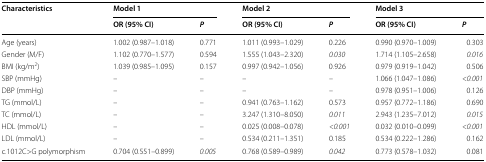
<table><thead><tr><td rowspan="2"><b>Characteristics</b></td><td colspan="2"><b>Model 1</b></td><td colspan="2"><b>Model 2</b></td><td colspan="2"><b>Model 3</b></td></tr><tr><td><b>OR (95% CI)</b></td><td><b><i>P</i></b></td><td><b>OR (95% CI)</b></td><td><b><i>P</i></b></td><td><b>OR (95% CI)</b></td><td><b><i>P</i></b></td></tr></thead><tbody><tr><td>Age (years)</td><td>1.002 (0.987–1.018)</td><td>0.771</td><td>1.011 (0.993–1.029)</td><td>0.226</td><td>0.990 (0.970–1.009)</td><td>0.303</td></tr><tr><td>Gender (M/F)</td><td>1.102 (0.770–1.577)</td><td>0.594</td><td>1.555 (1.043–2.320)</td><td><i>0.030</i></td><td>1.714 (1.105–2.658)</td><td><i>0.016</i></td></tr><tr><td>BMI (kg/m<sup>2</sup>)</td><td>1.039 (0.985–1.095)</td><td>0.157</td><td>0.997 (0.942–1.056)</td><td>0.926</td><td>0.979 (0.919–1.042)</td><td>0.506</td></tr><tr><td>SBP (mmHg)</td><td>–</td><td>–</td><td>–</td><td>–</td><td>1.066 (1.047–1.086)</td><td><i>&lt;0.001</i></td></tr><tr><td>DBP (mmHg)</td><td>–</td><td>–</td><td>–</td><td>–</td><td>0.978 (0.951–1.006)</td><td>0.126</td></tr><tr><td>TG (mmol/L)</td><td>–</td><td>–</td><td>0.941 (0.763–1.162)</td><td>0.573</td><td>0.957 (0.772–1.186)</td><td>0.690</td></tr><tr><td>TC (mmol/L)</td><td>–</td><td>–</td><td>3.247 (1.310–8.050)</td><td><i>0.011</i></td><td>2.943 (1.235–7.012)</td><td><i>0.015</i></td></tr><tr><td>HDL (mmol/L)</td><td>–</td><td>–</td><td>0.025 (0.008–0.078)</td><td><i>&lt;0.001</i></td><td>0.032 (0.010–0.099)</td><td><i>&lt;0.001</i></td></tr><tr><td>LDL (mmol/L)</td><td>–</td><td>–</td><td>0.534 (0.211–1.351)</td><td>0.185</td><td>0.534 (0.222–1.286)</td><td>0.162</td></tr><tr><td>c.1012C&gt;G polymorphism</td><td>0.704 (0.551–0.899)</td><td><i>0.005</i></td><td>0.768 (0.589–0.989)</td><td><i>0.042</i></td><td>0.773 (0.578–1.032)</td><td>0.081</td></tr></tbody></table>